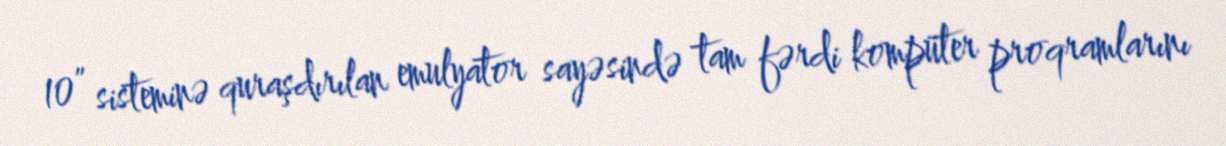
10” sisteminə quraşdırılan emulyator sayəsində tam fərdi kompüter proqramlarını